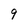
Character: 9